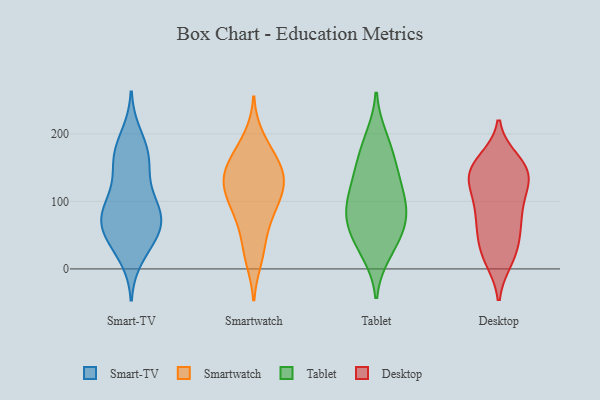
{"axis": {"x": "Demand Index", "y": "Value"}, "legend": ["Desktop", "Smart-TV", "Smartwatch", "Tablet"], "data": [{"x": "", "y": 19, "type": "Smart-TV"}, {"x": "", "y": 113, "type": "Smart-TV"}, {"x": "", "y": 81, "type": "Smart-TV"}, {"x": "", "y": 86, "type": "Smart-TV"}, {"x": "", "y": 65, "type": "Smart-TV"}, {"x": "", "y": 160, "type": "Smart-TV"}, {"x": "", "y": 151, "type": "Smart-TV"}, {"x": "", "y": 96, "type": "Smart-TV"}, {"x": "", "y": 171, "type": "Smart-TV"}, {"x": "", "y": 51, "type": "Smart-TV"}, {"x": "", "y": 65, "type": "Smart-TV"}, {"x": "", "y": 197, "type": "Smart-TV"}, {"x": "", "y": 85, "type": "Smart-TV"}, {"x": "", "y": 55, "type": "Smart-TV"}, {"x": "", "y": 169, "type": "Smart-TV"}, {"x": "", "y": 38, "type": "Smart-TV"}, {"x": "", "y": 168, "type": "Smartwatch"}, {"x": "", "y": 131, "type": "Smartwatch"}, {"x": "", "y": 65, "type": "Smartwatch"}, {"x": "", "y": 152, "type": "Smartwatch"}, {"x": "", "y": 28, "type": "Smartwatch"}, {"x": "", "y": 111, "type": "Smartwatch"}, {"x": "", "y": 76, "type": "Smartwatch"}, {"x": "", "y": 130, "type": "Smartwatch"}, {"x": "", "y": 104, "type": "Smartwatch"}, {"x": "", "y": 165, "type": "Smartwatch"}, {"x": "", "y": 194, "type": "Smartwatch"}, {"x": "", "y": 95, "type": "Smartwatch"}, {"x": "", "y": 15, "type": "Smartwatch"}, {"x": "", "y": 136, "type": "Smartwatch"}, {"x": "", "y": 133, "type": "Smartwatch"}, {"x": "", "y": 68, "type": "Tablet"}, {"x": "", "y": 97, "type": "Tablet"}, {"x": "", "y": 177, "type": "Tablet"}, {"x": "", "y": 144, "type": "Tablet"}, {"x": "", "y": 147, "type": "Tablet"}, {"x": "", "y": 102, "type": "Tablet"}, {"x": "", "y": 33, "type": "Tablet"}, {"x": "", "y": 87, "type": "Tablet"}, {"x": "", "y": 59, "type": "Tablet"}, {"x": "", "y": 120, "type": "Tablet"}, {"x": "", "y": 67, "type": "Tablet"}, {"x": "", "y": 194, "type": "Tablet"}, {"x": "", "y": 24, "type": "Tablet"}, {"x": "", "y": 76, "type": "Desktop"}, {"x": "", "y": 110, "type": "Desktop"}, {"x": "", "y": 126, "type": "Desktop"}, {"x": "", "y": 147, "type": "Desktop"}, {"x": "", "y": 145, "type": "Desktop"}, {"x": "", "y": 14, "type": "Desktop"}, {"x": "", "y": 150, "type": "Desktop"}, {"x": "", "y": 160, "type": "Desktop"}, {"x": "", "y": 128, "type": "Desktop"}, {"x": "", "y": 95, "type": "Desktop"}, {"x": "", "y": 22, "type": "Desktop"}, {"x": "", "y": 18, "type": "Desktop"}, {"x": "", "y": 42, "type": "Desktop"}, {"x": "", "y": 85, "type": "Desktop"}, {"x": "", "y": 148, "type": "Desktop"}, {"x": "", "y": 64, "type": "Desktop"}, {"x": "", "y": 55, "type": "Desktop"}, {"x": "", "y": 141, "type": "Desktop"}]}